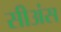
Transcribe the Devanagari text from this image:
सीअंस